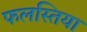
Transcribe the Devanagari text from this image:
फलस्तिया